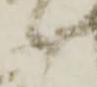
候